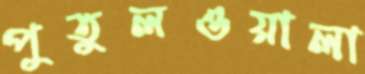
পুতুলওয়ালা